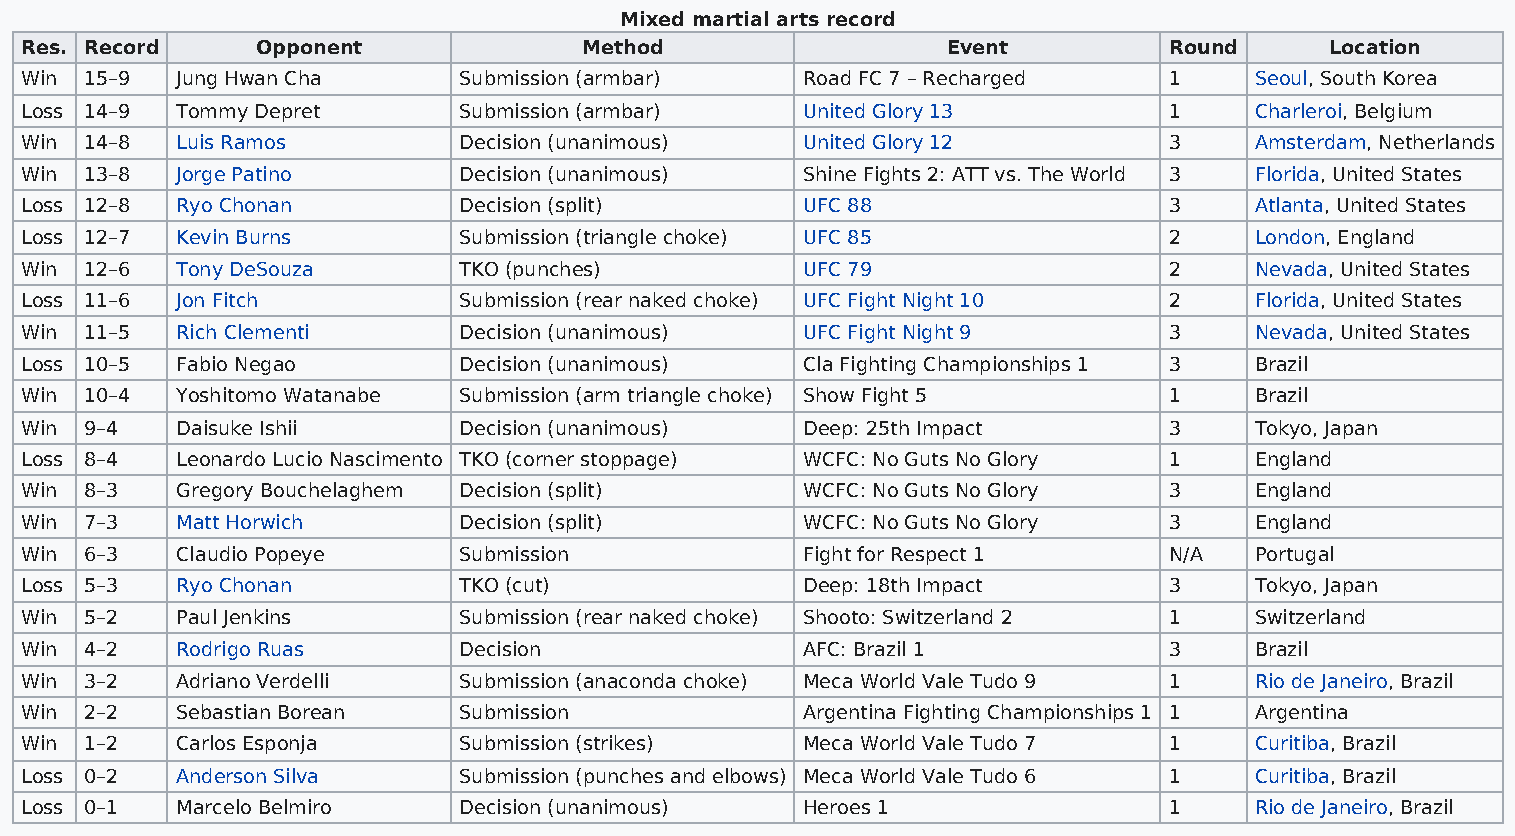
Mixed martial arts record
 Res. Record     Opponent              Method                  Event         Round      Location
 Win  15–9  Jung Hwan Cha     Submission (armbar)    Road FC 7 – Recharged   1     Seoul, South Korea
 Loss 14–9  Tommy Depret      Submission (armbar)    United Glory 13         1     Charleroi, Belgium
 Win  14–8  Luis Ramos        Decision (unanimous)   United Glory 12         3     Amsterdam, Netherlands
 Win  13–8  Jorge Patino      Decision (unanimous)   Shine Fights 2: ATT vs. The World 3 Florida, United States
 Loss 12–8  Ryo Chonan        Decision (split)       UFC 88                  3     Atlanta, United States
 Loss 12–7  Kevin Burns       Submission (triangle choke) UFC 85             2     London, England
 Win  12–6  Tony DeSouza      TKO (punches)          UFC 79                  2     Nevada, United States
 Loss 11–6  Jon Fitch         Submission (rear naked choke) UFC Fight Night 10 2   Florida, United States
 Win  11–5  Rich Clementi     Decision (unanimous)   UFC Fight Night 9       3     Nevada, United States
 Loss 10–5  Fabio Negao       Decision (unanimous)   Cla Fighting Championships 1 3 Brazil
 Win  10–4  Yoshitomo Watanabe Submission (arm triangle choke) Show Fight 5  1     Brazil
 Win  9–4   Daisuke Ishii     Decision (unanimous)   Deep: 25th Impact       3     Tokyo, Japan
 Loss 8–4   Leonardo Lucio Nascimento TKO (corner stoppage) WCFC: No Guts No Glory 1 England
 Win  8–3   Gregory Bouchelaghem Decision (split)    WCFC: No Guts No Glory  3     England
 Win  7–3   Matt Horwich      Decision (split)       WCFC: No Guts No Glory  3     England
 Win  6–3   Claudio Popeye    Submission             Fight for Respect 1     N/A   Portugal
 Loss 5–3   Ryo Chonan        TKO (cut)              Deep: 18th Impact       3     Tokyo, Japan
 Win  5–2   Paul Jenkins      Submission (rear naked choke) Shooto: Switzerland 2 1 Switzerland
 Win  4–2   Rodrigo Ruas      Decision               AFC: Brazil 1           3     Brazil
 Win  3–2   Adriano Verdelli  Submission (anaconda choke) Meca World Vale Tudo 9 1 Rio de Janeiro, Brazil
 Win  2–2   Sebastian Borean  Submission             Argentina Fighting Championships 1 1 Argentina
 Win  1–2   Carlos Esponja    Submission (strikes)   Meca World Vale Tudo 7  1     Curitiba, Brazil
 Loss 0–2   Anderson Silva    Submission (punches and elbows) Meca World Vale Tudo 6 1 Curitiba, Brazil
 Loss 0–1   Marcelo Belmiro   Decision (unanimous)   Heroes 1                1     Rio de Janeiro, Brazil